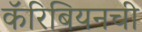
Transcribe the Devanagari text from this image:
कॅरिबियनची